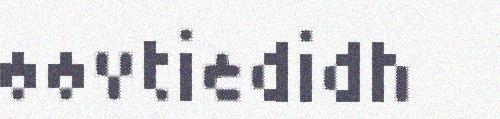
øøvtiedidh